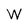
Character: W